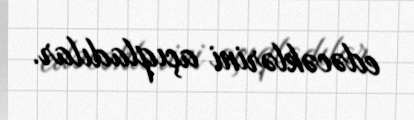
edəcəklərini açıqladılar.